Plague in India, 1896, 1897 - Volume 3
Year: 1896
Disease focus: Plague
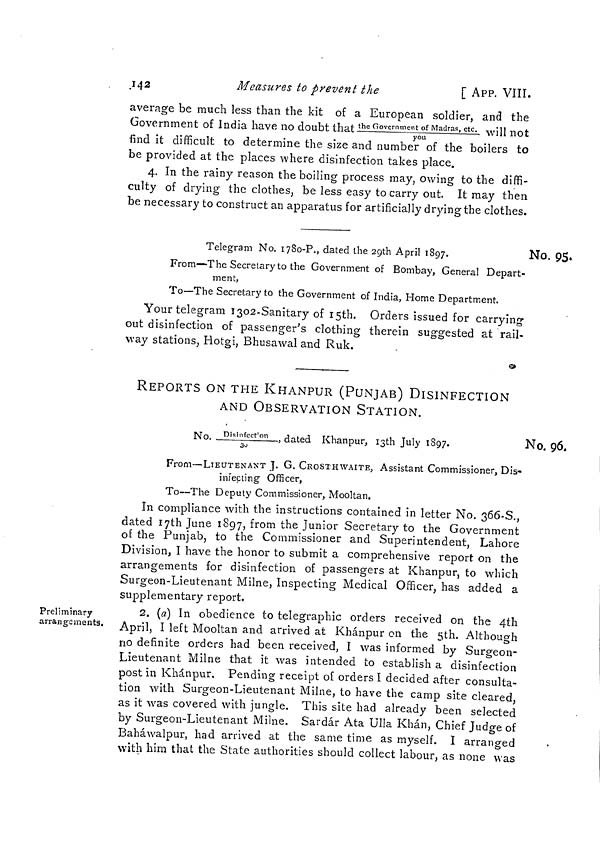
142
Measures to prevent the
[ APP. VIII.
average be much less than the kit of a European soldier, and the
Government of India have no doubt that the Government of Madras, etc./you will not
find it difficult to determine the size and number of the boilers to
be provided at the places where disinfection takes place.
4. In the rainy reason the boiling process may, owing to the diffi-
culty of drying the clothes, be less easy to carry out. It may then
be necessary to construct an apparatus for artificially drying the clothes.
No. 95.
Telegram No. 1780-P., dated the 29th April 1897.
From—The Secretary to the Government of Bombay, General Depart-
ment,
To—The Secretary to the Government of India, Home Department.
Your telegram 1302-Sanitary of I5th. Orders issued for carrying
out disinfection of passenger's clothing therein suggested at rail-
way stations, Hotgi, Bhusawal and Ruk.
REPORTS ON THE KHANPUR (PUNJAB) DISINFECTION
AND OBSERVATION STATION.
No. 96.
No. Disinfection/30, dated Khanpur, 13th July 1897.
From—LIEUTENANT J. G. CROSTHWAITE, Assistant Commissioner, Dis-
infecting Officer,
To—The Deputy Commissioner, Mooltan.
In compliance with the instructions contained in letter No. 366-S.,
dated 17th June 1897, from the Junior Secretary to the Government
of the Punjab, to the Commissioner and Superintendent, Lahore
Division, I have the honor to submit a comprehensive report on the
arrangements for disinfection of passengers at Khanpur, to which
Surgeon-Lieutenant Milne, Inspecting Medical Officer, has added a
supplementary report.
Preliminary
arrangements.
2. (a) In obedience to telegraphic orders received on the 4th
April, I left Mooltan and arrived at Khánpur on the 5th. Although
no definite orders had been received, I was informed by Surgeon-
Lieutenant Milne that it was intended to establish a disinfection
post in Khánpur. Pending receipt of orders I decided after consulta-
tion with Surgeon-Lieutenant Milne, to have the camp site cleared,
as it was covered with jungle. This site had already been selected
by Surgeon-Lieutenant Milne. Sardár Ata Ulla Khán, Chief Judge of
Baháwalpur, had arrived at the same time as myself. I arranged
with him that the State authorities should collect labour, as none was